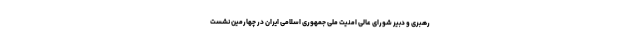
رهبری و دبیر شورای عالی امنیت ملی جمهوری اسلامی ایران در چهارمین نشست